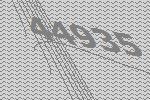
44935